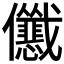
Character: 𱏢